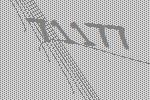
71177